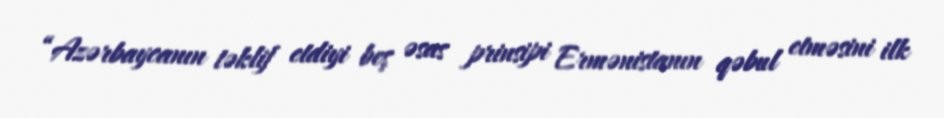
“Azərbaycanın təklif etdiyi beş əsas prinsipi Ermənistanın qəbul etməsini ilk